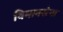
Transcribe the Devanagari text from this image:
विमानसेना